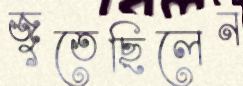
জুতেছিলেন